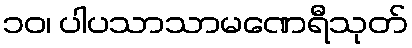
၁၀၊ ပါပသာသာမဏေရီသုတ်